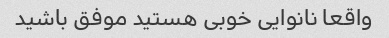
واقعا نانوایی خوبی هستید موفق باشید